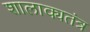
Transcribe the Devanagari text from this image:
शालाक्यतंत्र